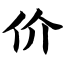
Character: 价